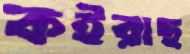
কইরাছ